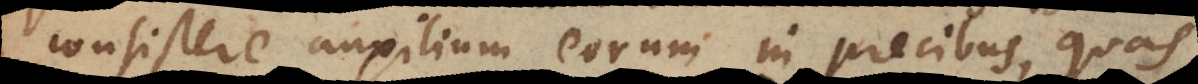
consistere auxilium eorum in precibus, quas